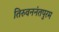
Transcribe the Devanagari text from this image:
तिरुवननंतपुरम